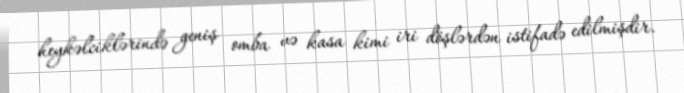
heykəlciklərində geniş omba və kasa kimi iri döşlərdən istifadə edilmişdir.